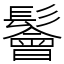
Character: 鬠